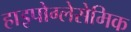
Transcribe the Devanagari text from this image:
हाइपोग्लेसेमिक